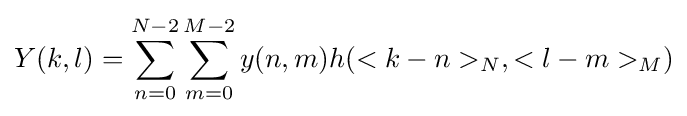
Y(k,l)=\sum _{n=0}^{N-2}\sum _{m=0}^{M-2}y(n,m)h(<k-n>_{N},<l-m>_{M})